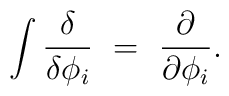
\int{\delta \over \delta \phi_i}~=~{\partial \over \partial \phi_i}.